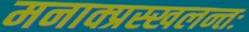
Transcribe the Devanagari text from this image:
मनाक्प्रस्खलन्तः